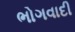
ભોગવાદી